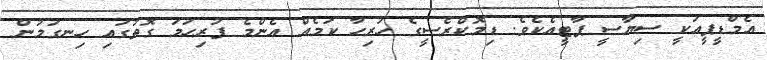
އެމްޑީޕީއަކީ ސިޔާސީ ޕާޓީއެކެވެ. ޑިމޮކްރެސީގެ ހުރިހާ ކަމެއް އެންމެ ފުރިހަމަ ގޮތުގައި ހިނގަމުން